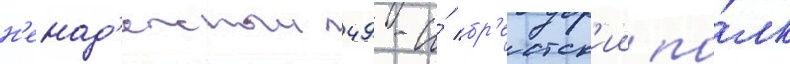
н'енад'ежныи 49-и́ бр'естск'ии по́лк